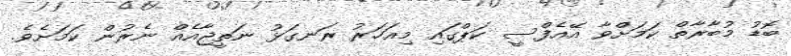
ބޮޑު މުބާރާތް ކަމަށްވާ އޭއެފްސީ ކަޕްގައި މިއަހަރު ރަނގަޅު ނަތީޖާއެއް ނެރުން ކަމަށެވެ.